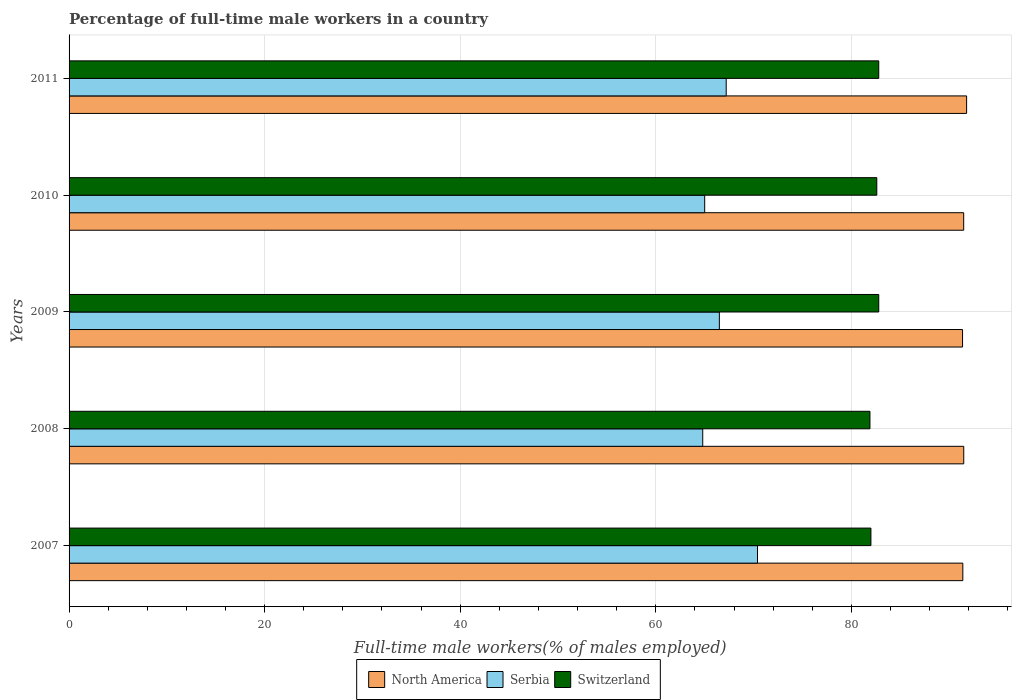
| Years | North America | Serbia | Switzerland |
 | --- | --- | --- | --- |
 | 2007 | 91.4 | 70.4 | 82 |
 | 2008 | 91.5 | 64.8 | 81.9 |
 | 2009 | 91.4 | 66.5 | 82.8 |
 | 2010 | 91.5 | 65 | 82.6 |
 | 2011 | 91.8 | 67.2 | 82.8 |